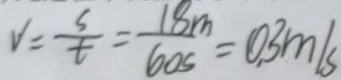
v = \frac { s } { t } = \frac { 1 8 m } { 6 0 s } = 0 . 3 m / s